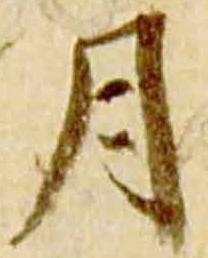
月